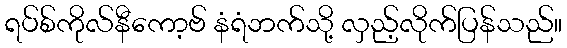
ရပ်စ်ကိုလ်နီကော့ဗ် နံရံဘက်သို့ လှည့်လိုက်ပြန်သည်။